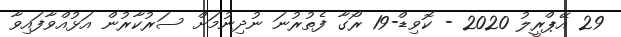
29 އޭޕްރީލު 2020 - ކޮވިޑް-19 ރޯގާ ފެތުރުނަ ނުދިނުމަށް ސަރުކާރުން އަޅުއްވާފައިވާ